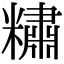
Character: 䊥